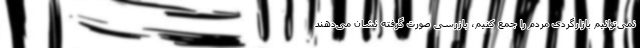
نمی‌توانیم بازارگردی مردم را جمع کنیم، بازرسی صورت گرفته نشان می‌دهند